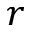
r